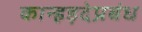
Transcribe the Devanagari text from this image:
कान्हड़देप्रबंध